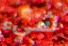
شيء